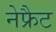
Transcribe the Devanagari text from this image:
नेफ्रैट